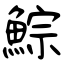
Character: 鯮